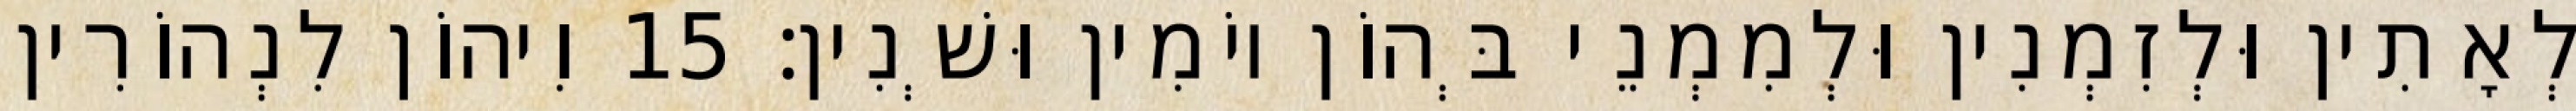
לְאָתִין וּלְזִמְנִין וּלְמִמְנֵי בְּהוֹן יוֹמִין וּשְׁנִין׃ 15 וִיהוֹן לִנְהוֹרִין